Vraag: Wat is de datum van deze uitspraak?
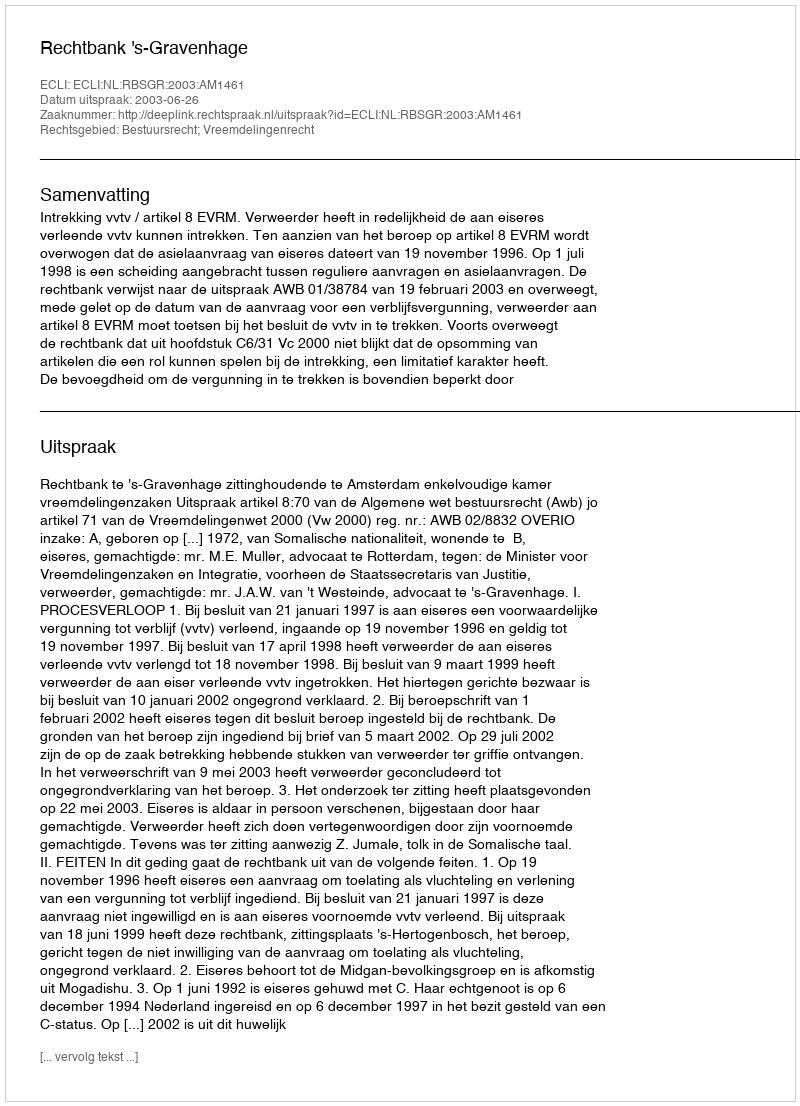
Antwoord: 2003-06-26